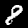
Label: 8